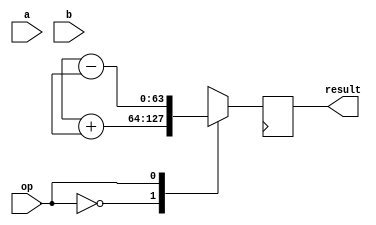
module FloatingPointUnit (
    input wire [31:0] a, // Input operand A in single precision format
    input wire [63:0] b, // Input operand B in double precision format
    input wire op, // Control signal for operation selection (0: addition, 1: subtraction, 2: multiplication, 3: division)
    output wire [63:0] result // Output result in double precision format
);

reg [31:0] A_single; // Intermediate variable to store single precision input A
reg [63:0] B_double; // Intermediate variable to store double precision input B

// Conversion functions from single to double precision format
always @ (posedge clk) begin
    case(op)
        0: begin // Addition operation
            // Perform addition on operands A_single and B_double
            result <= A_single + B_double;
        end
        1: begin // Subtraction operation
            // Perform subtraction on operands A_single and B_double
            result <= A_single - B_double;
        end
        2: begin // Multiplication operation
            // Perform multiplication on operands A_single and B_double
            result <= A_single * B_double;
        end
        3: begin // Division operation
            // Perform division on operands A_single and B_double
            result <= A_single / B_double;
        end
        default: result <= 64'b0; // Default case
    endcase
end

endmodule